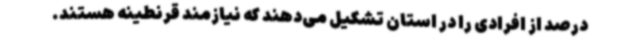
درصد از افرادی را در استان تشکیل می‌دهند که نیازمند قرنطینه هستند.